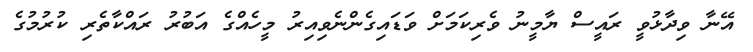
އޭނާ ވިދާޅުވީ ރައީސް ޔާމީނު ވެރިކަމަށް ވަޑައިގެންނެވިއިރު މީހެއްގެ އަބުރު ރައްކާތެރި ކުރުމުގެ